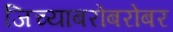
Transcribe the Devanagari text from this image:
जिच्याबरोबरोबर